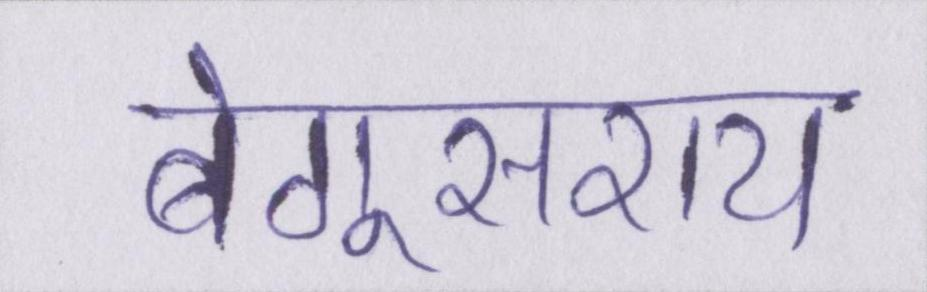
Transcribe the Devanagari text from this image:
बेगूसराय